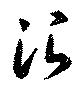
治